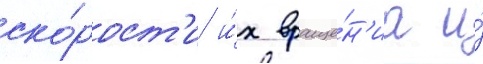
ско́рост'и и́х враще́н'иа и́